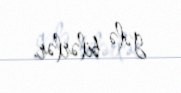
gələ bilərlər.